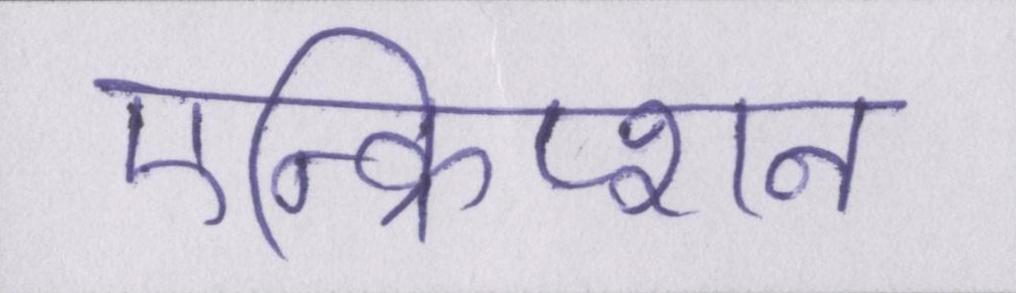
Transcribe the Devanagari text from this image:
एन्क्रिप्शन